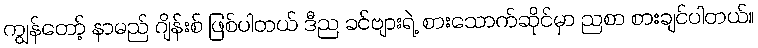
ကျွန်တော့် နာမည် ဂျိန်းစ် ဖြစ်ပါတယ် ဒီည ခင်ဗျားရဲ့ စားသောက်ဆိုင်မှာ ညစာ စားချင်ပါတယ်။